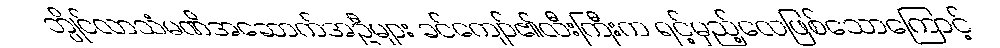
ဘွိုင်လာသံမဏိအဆောက်အဦများ ခင်ကျော်၏လီးကြီးက ရင့်မှည့်လေဖြစ်သောကြောင့်